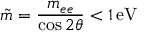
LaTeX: \tilde { m } = \frac { m _ { e e } } { \cos { 2 \theta } } < 1 \, \mathrm { e V }